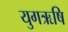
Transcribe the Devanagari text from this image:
युगऋषि